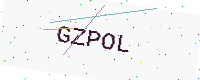
Text: GZPOL